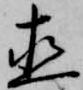
直